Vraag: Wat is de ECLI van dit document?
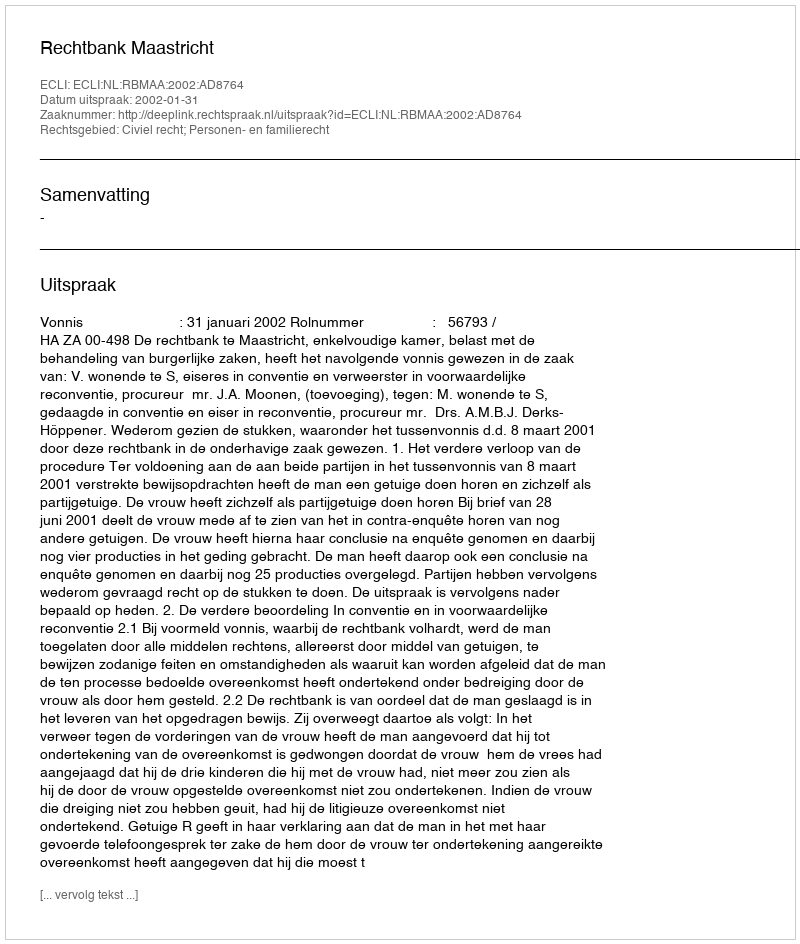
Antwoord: ECLI:NL:RBMAA:2002:AD8764